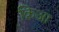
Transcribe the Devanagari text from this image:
क्रिआ